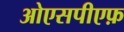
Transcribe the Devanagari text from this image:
ओएसपीएफ़